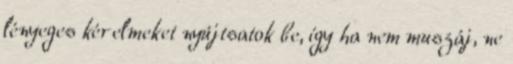
lényeges kérelmeket nyújtsatok be, így ha nem muszáj, ne